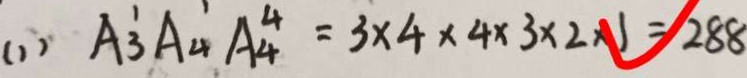
( 1 ) A _ { 3 } ^ { 1 } A _ { 4 } ^ { 1 } A _ { 4 } ^ { 4 } = 3 \times 4 \times 4 \times 3 \times 2 \times 1 = 2 8 8